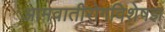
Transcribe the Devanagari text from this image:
आमवातीरोगविशेषज्ञ